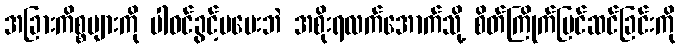
အခြားကိစ္စများကို ပါဝင်ခွင့်မပေးဘဲ အစိုးရလက်အောက်သို့ စိတ်ကြိုက်ပြင်ဆင်ခြင်းကို